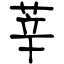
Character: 莘